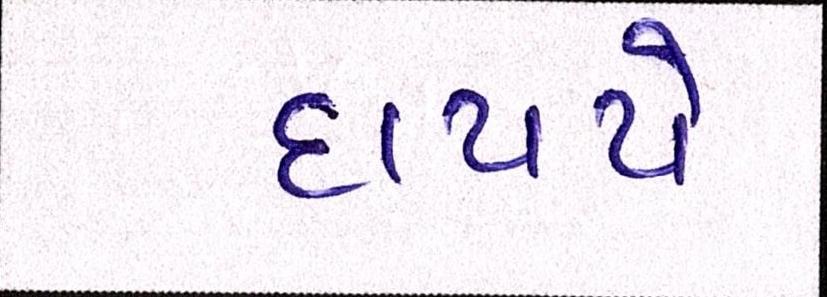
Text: દાયચે